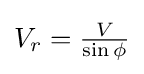
{\textstyle V_{r}={\frac {V}{\sin \phi }}}